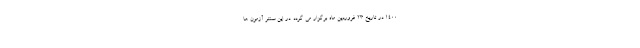
1400 در تاریخ 23 فروردین ماه برگزار می گردد. در این سنتر آزمون ها